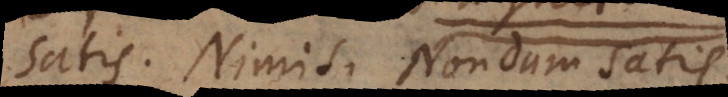
Satis. Nimis. Nondum sat